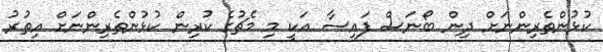
ކުޅުންތެރިންނަށް ދިން ބޯނަސް ފައިސާ އަކީ މި މެޗުގެ ކުރިން ކުޅުންތެރިންނަށް އިތުރު